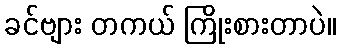
ခင်ဗျား တကယ် ကြိုးစားတာပဲ။